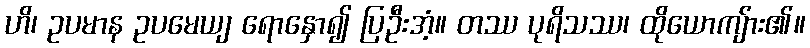
ဟိ၊ ဥပမာန ဥပမေယျ ရောနှော၍ ပြဦးအံ့။ တဿ ပုရိသဿ၊ ထိုယောကျ်ား၏။